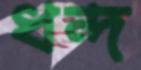
ধন্দ